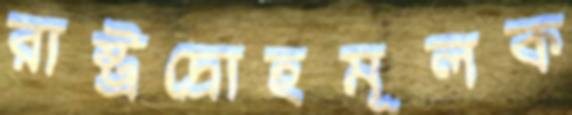
রাষ্ট্রদ্রোহমূলক